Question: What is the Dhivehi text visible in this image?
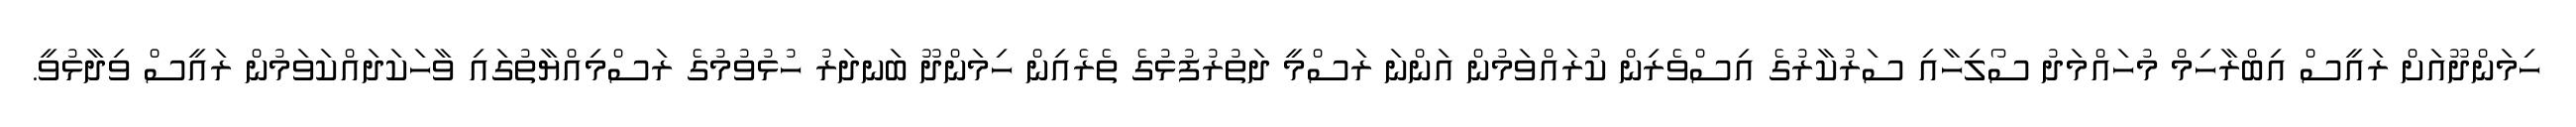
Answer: ހިމަންދޫއަށް ރައީސް އިބްރާހިމް މުހައްމަދު ސޯލިހާއި ސަރުކާރުގެ އިސްވެރިން ކުރައްވަމުން އަންނަ ރަސްމީ ދަތުރުފުޅުގެ ތެރެއިން ހިމަންދޫ ބަނދަރު ހުޅުވުމުގެ ރަސްމިއްޔާތުގައި ވާހަކަދައްކަވަމުން ރައީސް ވިދާޅުވީ.